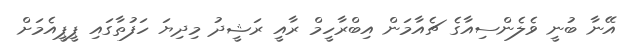
އޭނާ ބުނީ ވެލެންސިއާގެ ޗެއާމަން އިބްރާހީމް ރާއީ ރަޝީދު މިދިޔަ ހަފުތާގައި ޕީޕީއެމަށް